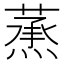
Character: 𦻛